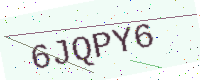
Text: 6JQPY6